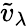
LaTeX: {\tilde{v}}_{\lambda}